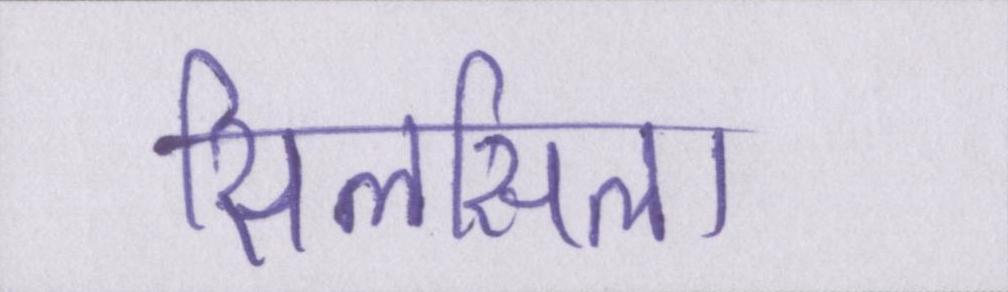
सिलसिला